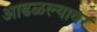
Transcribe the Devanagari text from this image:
आढळल्यावर